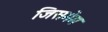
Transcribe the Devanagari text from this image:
जिसमेम